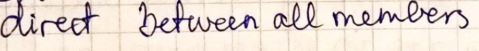
direct between all members.